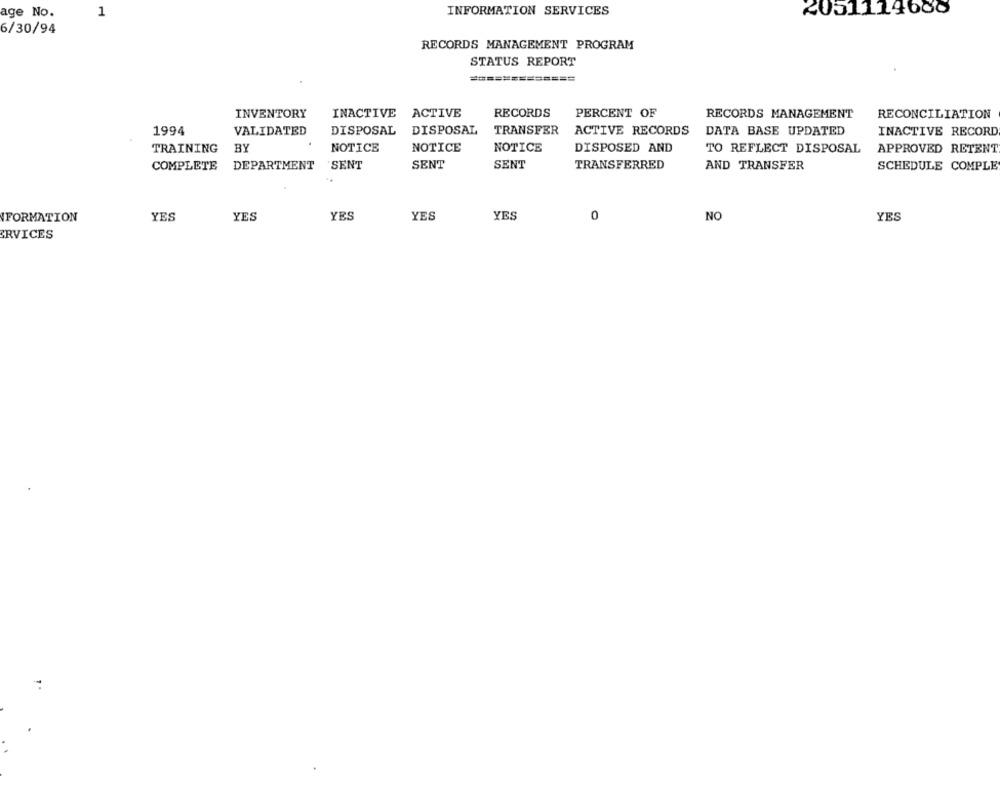
age No.
1
INFORMATION SERVICES
2051114680
6/30/94
RECORDS MANAGEMENT PROGRAM
STATUS REPORT
=============
INVENTORY
INACTIVE ACTIVE
RECORDS
PERCENT OF
RECORDS MANAGEMENT
RECONCILIATION
1994
VALIDATED
DISPOSAL
DISPOSAL
TRANSFER
ACTIVE RECORDS
DATA BASE UPDATED
INACTIVE RECORD
TRAINING
BY
NOTICE
NOTICE
NOTICE
DISPOSED AND
TO REFLECT DISPOSAL
APPROVED RETENT
COMPLETE
DEPARTMENT
SENT
SENT
SENT
TRANSFERRED
AND TRANSFER
SCHEDULE COMPLE
..
YES
YES
YES
YES
0
FORMATION
YES
NO
YES
ERVICES